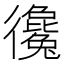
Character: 𢖞